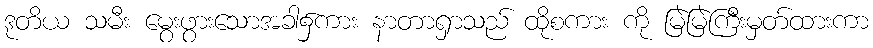
ဒုတိယ သမီး မွေးဖွားသောအခါ၌ကား နာတာရှာသည် ထိုစကား ကို မြဲမြဲကြီးမှတ်ထားကာ